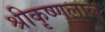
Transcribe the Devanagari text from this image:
श्रीकृष्णलाल